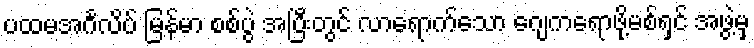
ပထမအင်္ဂလိပ် မြန်မာ စစ်ပွဲ အပြီးတွင် လာရောက်သော ဂျေကရောဖို့မစ်ရှင် အဖွဲ့မှ